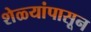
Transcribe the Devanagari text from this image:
शेळ्यांपासून